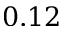
0 . 1 2